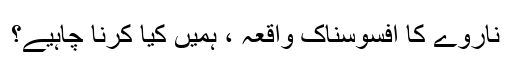
ناروے کا افسوسناک واقعہ ، ہمیں کیا کرنا چاہیے؟